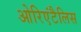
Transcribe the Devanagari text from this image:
ओरिएंटैलिस